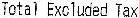
TOTAL EXCLUDED TAX